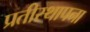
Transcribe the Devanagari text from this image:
प्रतीस्थापना